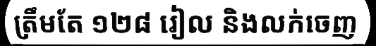
ត្រឹមតែ ១២៨ រៀល និងលក់ចេញ